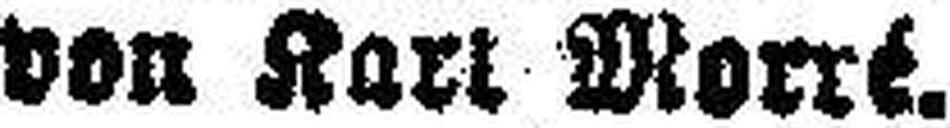
von Karl Morré.